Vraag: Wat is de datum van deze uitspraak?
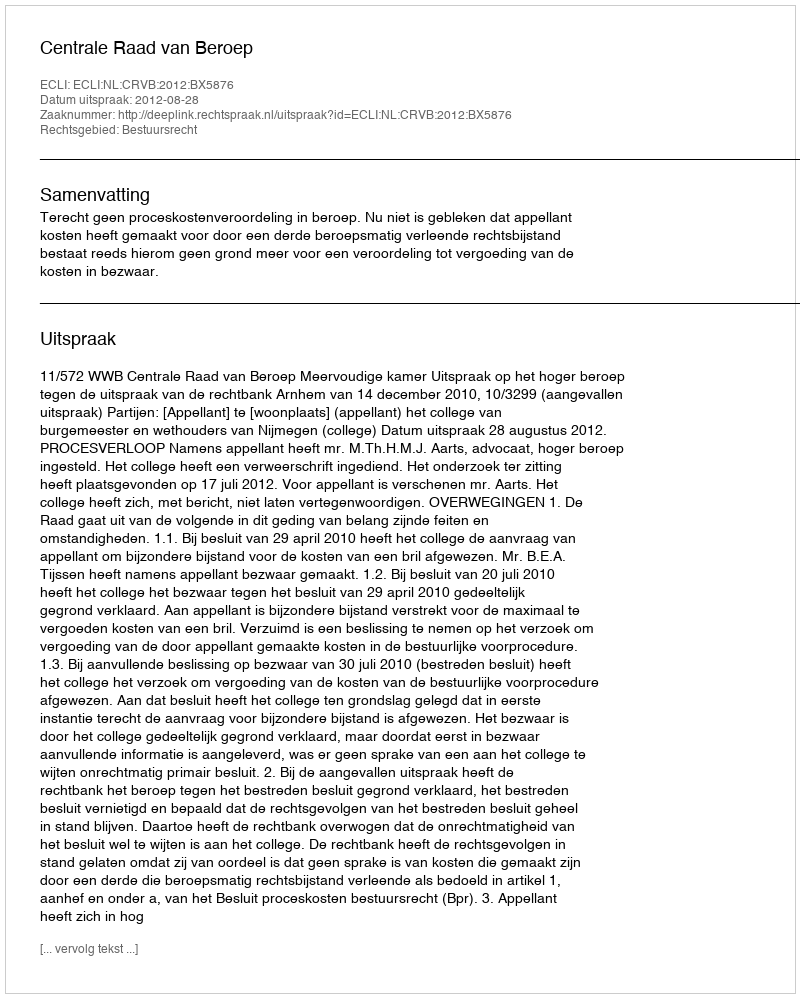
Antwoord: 2012-08-28